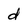
Character: d